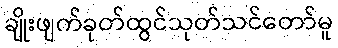
ချိုးဖျက်ခုတ်ထွင်သုတ်သင်တော်မူ